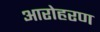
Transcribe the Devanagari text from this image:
आरोहरण